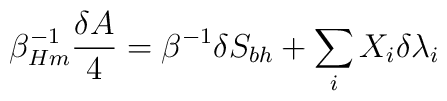
\beta_{Hm}^{-1}{\delta A\over4}=\beta^{-1}\delta S_{bh}+\sum_iX_i\delta\lambda_i